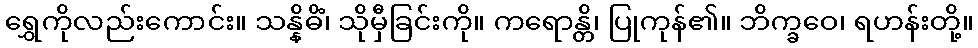
ရွှေကိုလည်းကောင်း။ သန္နိဓိံ၊ သိုမှီခြင်းကို။ ကရောန္တိ၊ ပြုကုန်၏။ ဘိက္ခဝေ၊ ရဟန်းတို့။